Scottish Leaving Certificate Examination, 1954
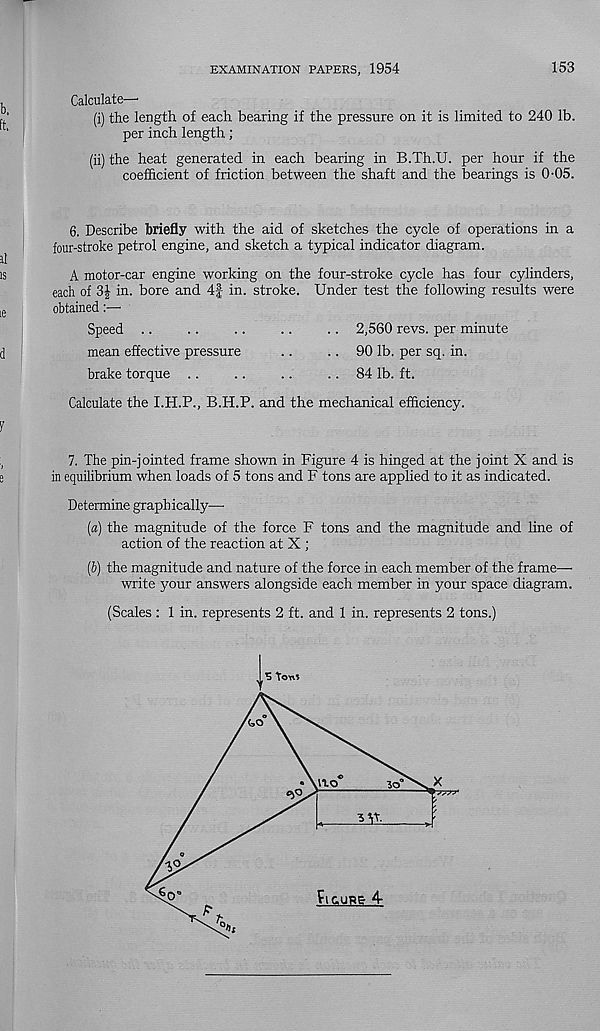
EXAMINATION PAPERS, 1954
153
Calculate—
(i) the length of each bearing if the pressure on it is limited to 240 lb.
per inch length;
(ii) the heat generated in each bearing in B.Th.U. per hour if the
coefficient of friction between the shaft and the bearings is 0-05.
6. Describe briefly with the aid of sketches the cycle of operations in a
four-stroke petrol engine, and sketch a typical indicator diagram.
il
is
A motor-car engine working on the four-stroke cycle has four cylinders,
each of 3| in. bore and 4| in. stroke. Under test the following results were
[e
obtained
Speed ..
..
..
..
.. 2,560 revs, per minute
d
mean effective pressure
..
.. 90 lb. per sq. in.
brake torque ..
..
..
.. 84 lb. ft.
Calculate the I.H.P., B.H.P. and the mechanical efficiency.
I
7. The pin-jointed frame shown in Figure 4 is hinged at the joint X and is
e
in equilibrium when loads of 5 tons and F tons are applied to it as indicated.
Determine graphically—
[а) the magnitude of the force F tons and the magnitude and line of
action of the reaction at X ;
(б) the magnitude and nature of the force in each member of the frame—•
write your answers alongside each member in your space diagram.
(Scales : 1 in. represents 2 ft. and 1 in. represents 2 tons.)
5 To'n*
to
11.0
Jo
*>0
777?
AS
Pic.ur& 4-